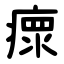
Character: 瘝